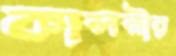
কালনীর